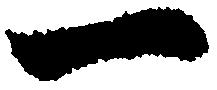
一